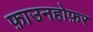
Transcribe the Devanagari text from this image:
फ़ाउनहोफ़र